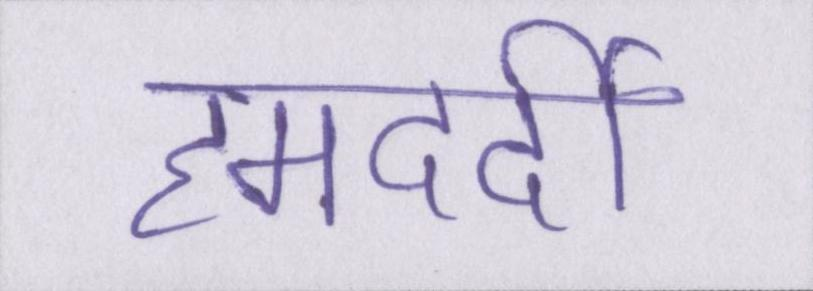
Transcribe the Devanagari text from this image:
हमदर्दी